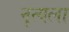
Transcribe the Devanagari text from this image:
नृत्यला